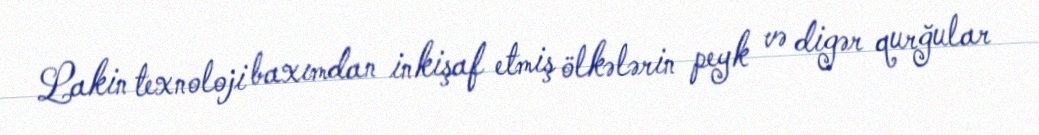
Lakin texnoloji baxımdan inkişaf etmiş ölkələrin peyk və digər qurğular